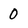
Character: 0